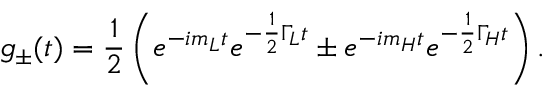
g _ { \pm } ( t ) = \frac { 1 } { 2 } \left( e ^ { - i m _ { L } t } e ^ { - \frac 1 { 2 } \Gamma _ { L } t } \pm e ^ { - i m _ { H } t } e ^ { - \frac 1 { 2 } \Gamma _ { H } t } \right) .